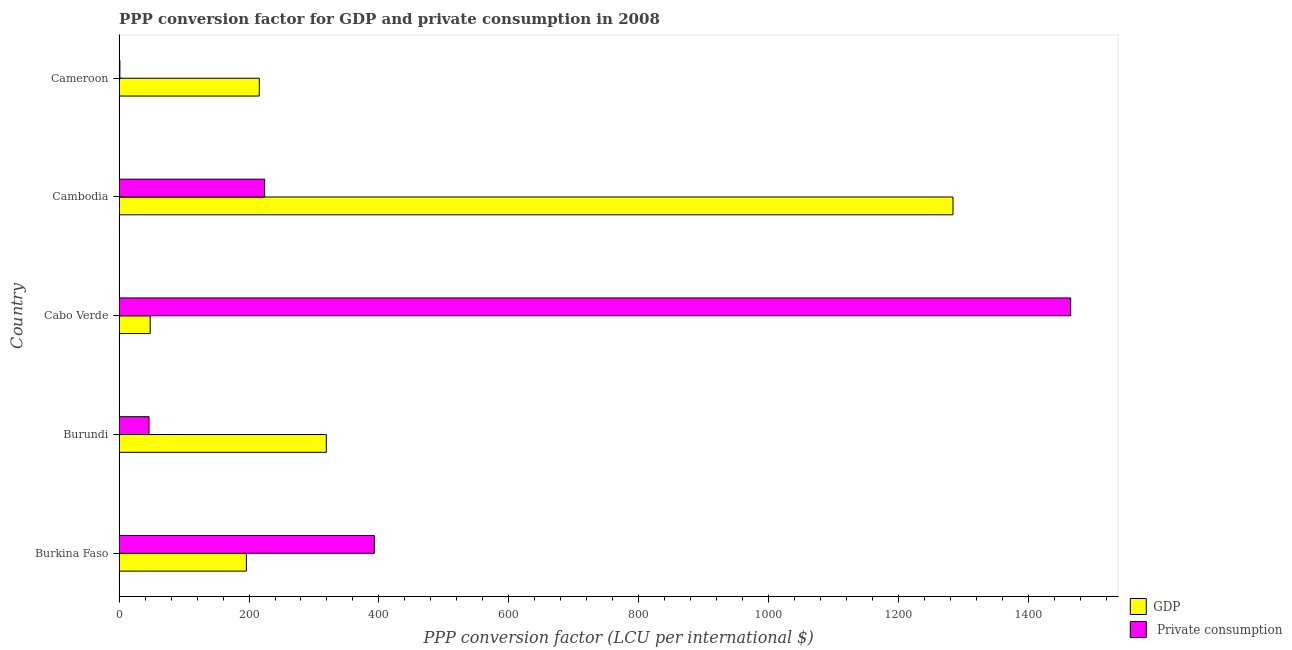
| Country | GDP |  Private consumption |
 | --- | --- | --- |
 | Burkina Faso | 196 | 393 |
 | Burundi | 319 | 46.1 |
 | Cabo Verde | 48 | 1.46e+03 |
 | Cambodia | 1.28e+03 | 224 |
 | Cameroon | 216 | 1.3 |